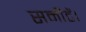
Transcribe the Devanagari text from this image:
समीटें।